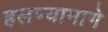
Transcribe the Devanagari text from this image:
हलण्यामागे